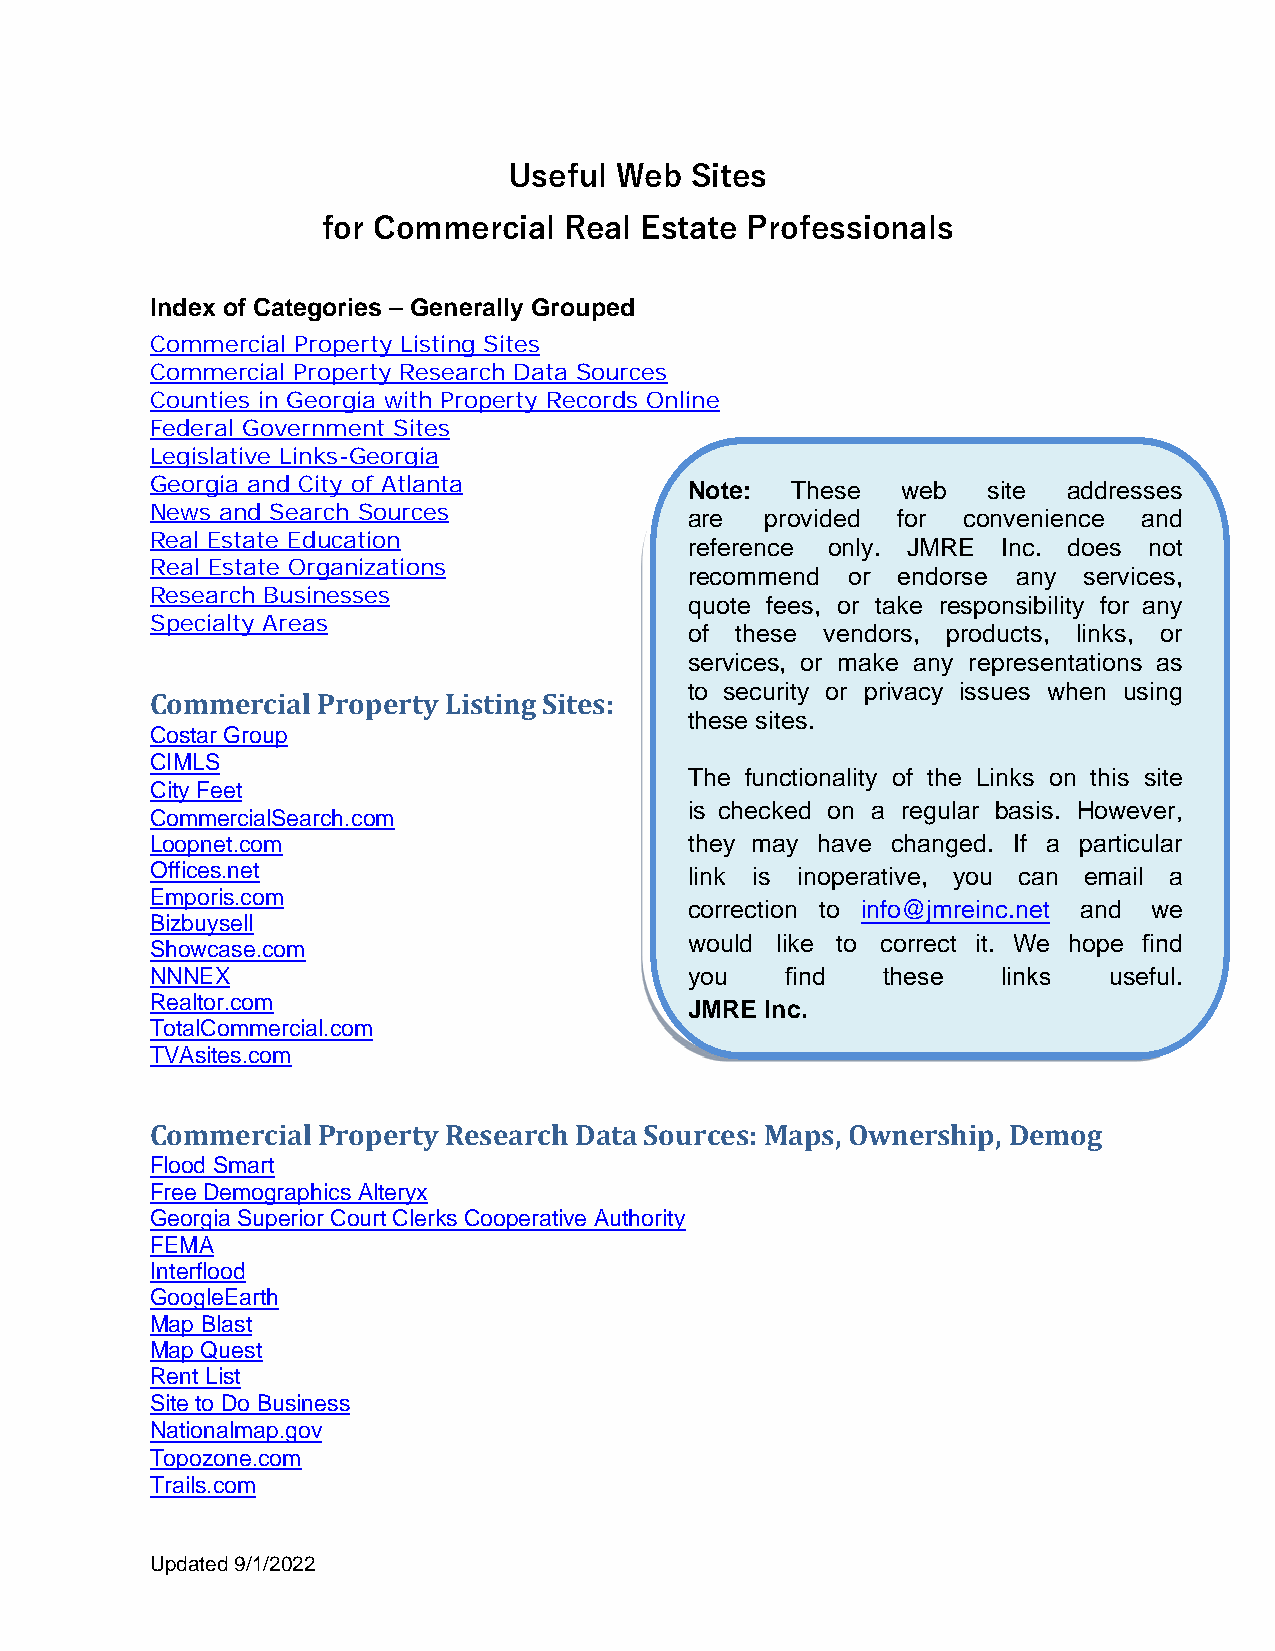
Useful Web  Sites
 for Commercial  Real Estate Professionals
 Index of Categories – Generally Grouped
 Commercial Property Listing Sites
 Commercial Property Research Data Sources
 Counties in Georgia with Property Records Online
 Federal Government Sites
 Legislative Links-Georgia
 Georgia and City of Atlanta         Note: These   web  site  addresses
 News and Search Sources
 are  provided for convenience and
 Real Estate Education
 reference only. JMRE Inc. does not
 Real Estate Organizations
 recommend or endorse any  services,
 Research Businesses
 quote fees, or take responsibility for any
 Specialty Areas
 of these vendors, products, links, or
 services, or make any representations as
 to security or privacy issues when using
 Commercial Property Listing Sites:
 these sites.
 Costar Group
 CIMLS
 The functionality of the Links on this site
 City Feet
 is checked on a regular basis. However,
 CommercialSearch.com
 Loopnet.com                         they may have changed. If a particular
 Offices.net                         link is inoperative, you can email a
 Emporis.com
 correction to info@jmreinc.net and we
 Bizbuysell
 would like to correct it. We hope find
 Showcase.com
 NNNEX                               you   find  these   links  useful.
 Realtor.com
 JMRE Inc.
 TotalCommercial.com
 TVAsites.com
 Commercial Property Research Data Sources: Maps, Ownership, Demog
 Flood Smart
 Free Demographics Alteryx
 Georgia Superior Court Clerks Cooperative Authority
 FEMA
 Interflood
 GoogleEarth
 Map Blast
 Map Quest
 Rent List
 Site to Do Business
 Nationalmap.gov
 Topozone.com
 Trails.com
 Updated 9/1/2022